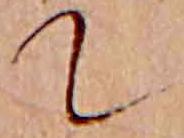
て